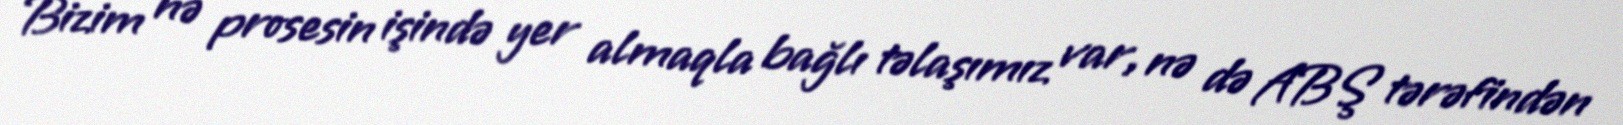
Bizim nə prosesin işində yer almaqla bağlı təlaşımız var, nə də ABŞ tərəfindən